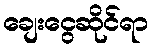
ချေးငွေဆိုင်ရာ